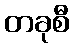
တခုစီ